Document type: Anniversary endowment
Year: 1486
Scribe: Bartomeu Masons
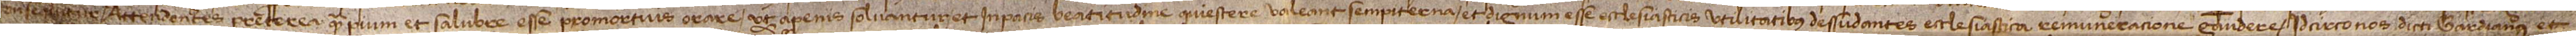
consequitur. Attendentes preterea quam pium et salubre esse promortuis orare, ut a penis solvantur et in pacis beatitudine quiescere valeant sempiterna, et dignum esse ecclesiasticis utilitatibus, dessudantes ecclesiastica remuneracione gaudere, idcirco nos dicti gardianus et